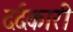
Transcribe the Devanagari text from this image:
दर्दकारी